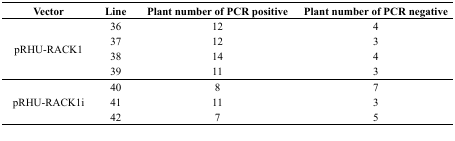
<table><thead><tr><td><b>Vector</b></td><td><b>Line</b></td><td><b>Plant number of PCR positive</b></td><td><b>Plant number of PCR negative</b></td></tr></thead><tbody><tr><td rowspan="4">pRHU-RACK1</td><td>36</td><td>12</td><td>4</td></tr><tr><td>37</td><td>12</td><td>3</td></tr><tr><td>38</td><td>14</td><td>4</td></tr><tr><td>39</td><td>11</td><td>3</td></tr><tr><td rowspan="3">pRHU-RACK1i</td><td>40</td><td>8</td><td>7</td></tr><tr><td>41</td><td>11</td><td>3</td></tr><tr><td>42</td><td>7</td><td>5</td></tr></tbody></table>